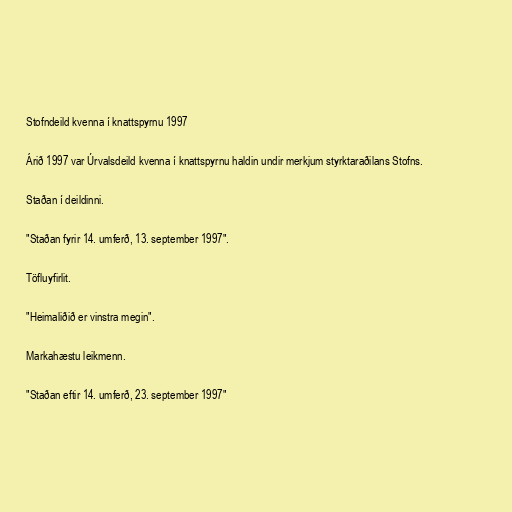
Stofndeild kvenna í knattspyrnu 1997

Árið 1997 var Úrvalsdeild kvenna í knattspyrnu haldin undir merkjum styrktaraðilans Stofns.

Staðan í deildinni.

"Staðan fyrir 14. umferð, 13. september 1997".

Töfluyfirlit.

"Heimaliðið er vinstra megin".

Markahæstu leikmenn.

"Staðan eftir 14. umferð, 23. september 1997"